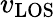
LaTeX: v_{\mathrm{LOS}}